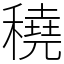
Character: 穘